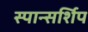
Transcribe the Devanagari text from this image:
स्पान्सर्शिप